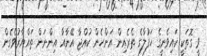
ވީ ގޮތަކީ ކައިވެނީގެ ހަފުލާގެ ތެރެއިން އަންހެން ކުއްޖާ އޭނާއާ އިންނަން ތައްޔާރުވެގެން